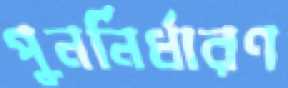
পুনর্নির্ধারণ